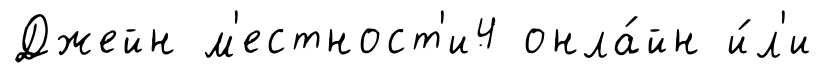
Джейн м'естност'и4 онла́йн и́л'и